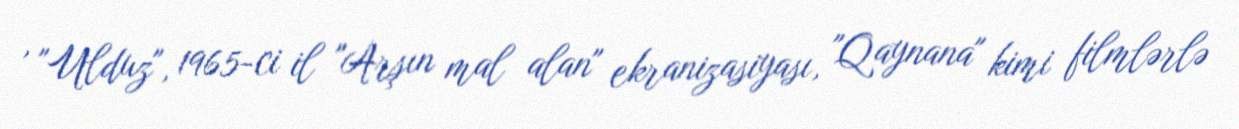
, "Ulduz", 1965-ci il "Arşın mal alan" ekranizasiyası, "Qaynana" kimi filmlərlə